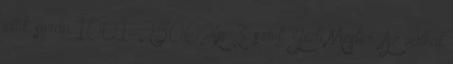
idők során 1001 2500Xp 3. szint: Jedi Mester: Az válhat